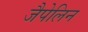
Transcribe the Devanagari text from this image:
जैपेलिन